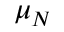
\mu _ { N }